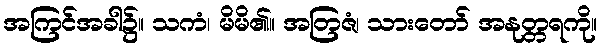
အကြင်အခါ၌။ သကံ၊ မိမိ၏။ အတြဇံ၊ သားတော် အနုတ္တရကို။